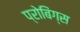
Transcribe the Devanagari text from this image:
प्रोबिंग्स